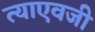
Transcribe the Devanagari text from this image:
त्याएवजी